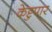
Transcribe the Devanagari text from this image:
केट्टुपार